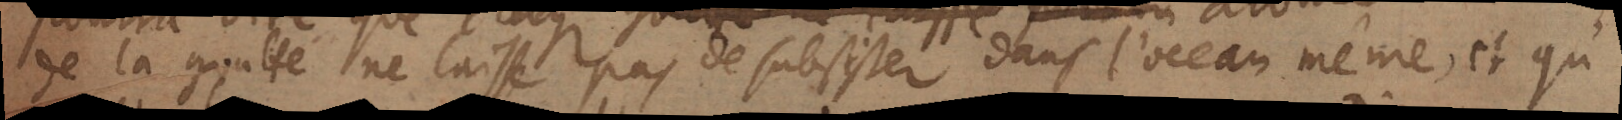
de la goutte ne laisse pas de subsister dans l’ocean même, et qu’